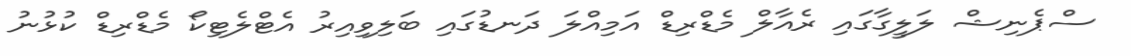
ސްޕެނިޝް ލަލީގާގައި ރެއާލް މެޑްރިޑް އަމިއްލަ ދަނޑުގައި ބަލިވިއިރު އެޓްލެޓިކޯ މެޑްރިޑް ކުޅުނު